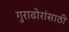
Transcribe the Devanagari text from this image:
गुराढोरांसाठी